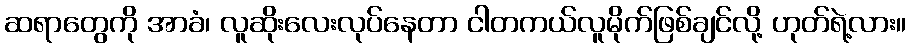
ဆရာတွေကို အာခံ၊ လူဆိုးလေးလုပ်နေတာ ငါတကယ်လူမိုက်ဖြစ်ချင်လို့ ဟုတ်ရဲ့လား။